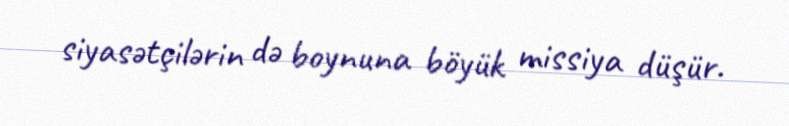
siyasətçilərin də boynuna böyük missiya düşür.